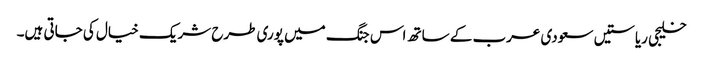
خلیجی ریاستیں سعودی عرب کے ساتھ اس جنگ میں پوری طرح شریک خیال کی جاتی ہیں۔